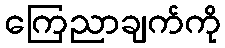
ကြေညာချက်ကို